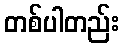
တစ်ပါတည်း